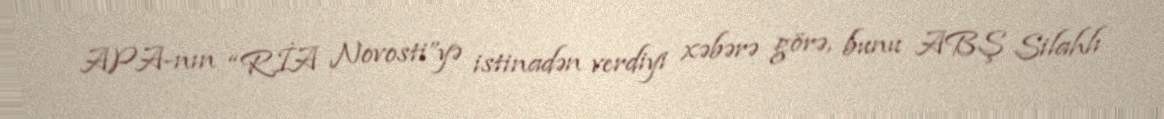
APA-nın “RİA Novosti”yə istinadən verdiyi xəbərə görə, bunu ABŞ Silahlı